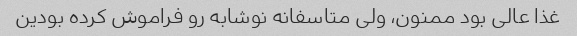
غذا عالی بود ممنون، ولی متاسفانه نوشابه رو فراموش کرده بودین